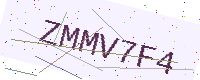
Text: ZMMV7F4